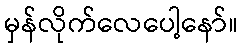
မှန်လိုက်လေပေါ့နော်။